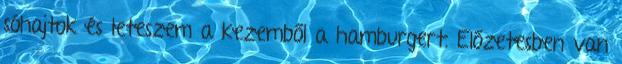
sóhajtok és leteszem a kezemből a hamburgert. Előzetesben van